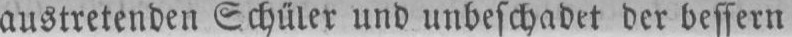
austretenden Schüler und unbeschadet der bessern